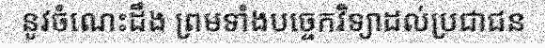
នូវចំណេះដឹង ព្រមទាំងបច្ចេកវិទ្យាដល់ប្រជាជន